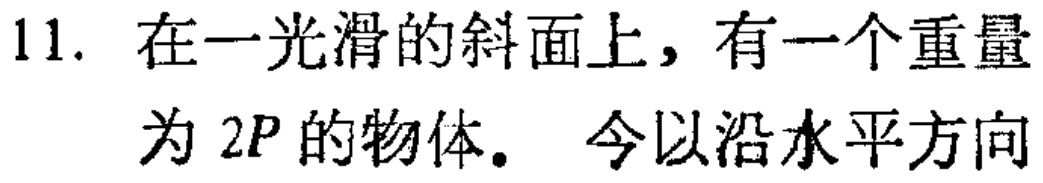
11. 在一光滑的斜面上，有一个重量
为 \(2P\) 的物体。今以沿水平方向